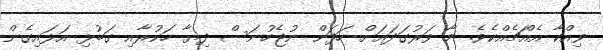
ވިއްކާ އެއްޗެއްކެވެ. މާ ވަރުގަދައަށް ހަފަން ނުޖެހުނަސް ދިޔާ ހަކުރާއި ގަބުޅި އަޅައިގެން